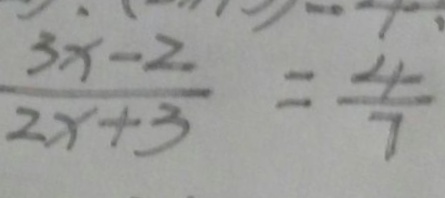
\frac { 3 x - 2 } { 2 x + 3 } = \frac { 4 } { 7 }